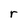
Character: r